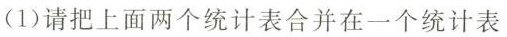
(1)请把上面两个统计表合并在一个统计表